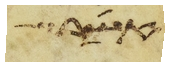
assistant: אשר